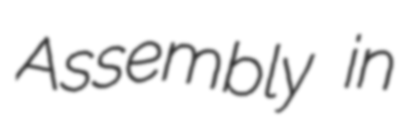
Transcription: Assembly in